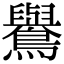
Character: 鸒